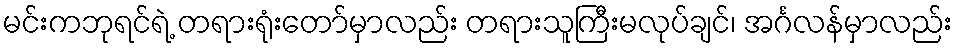
မင်းကဘုရင်ရဲ့ တရားရုံးတော်မှာလည်း တရားသူကြီးမလုပ်ချင်၊ အင်္ဂလန်မှာလည်း